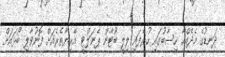
ދަނޑުގެ މެދެއްހާ ހިސާބުގައި ހުރެފައި ލިލީ ބޫޓާން ޕެނަލްޓީ އޭރިޔާތެރެއަށް ފޮނުވާލި ބޯޅައަށް